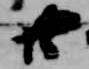
廿